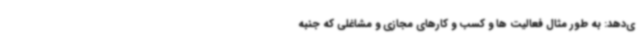
ی‌دهد: به طور مثال فعالیت ها و کسب و کارهای مجازی و مشاغلی که جنبه